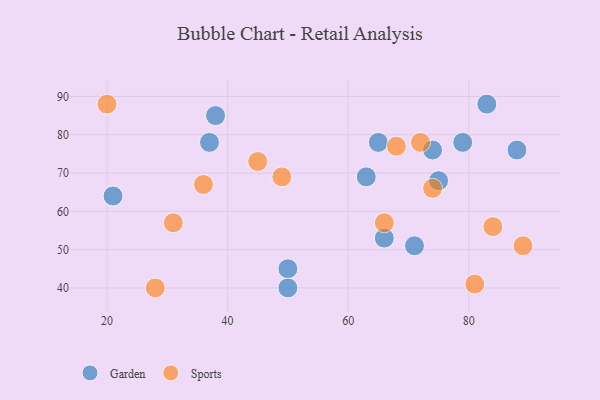
{"axis": {"x": "GDP", "y": "Life Expectancy"}, "legend": ["Garden", "Sports"], "data": [{"x": "71", "y": 51, "type": "Garden"}, {"x": "66", "y": 53, "type": "Garden"}, {"x": "50", "y": 45, "type": "Garden"}, {"x": "50", "y": 40, "type": "Garden"}, {"x": "21", "y": 64, "type": "Garden"}, {"x": "88", "y": 76, "type": "Garden"}, {"x": "74", "y": 76, "type": "Garden"}, {"x": "38", "y": 85, "type": "Garden"}, {"x": "65", "y": 78, "type": "Garden"}, {"x": "63", "y": 69, "type": "Garden"}, {"x": "79", "y": 78, "type": "Garden"}, {"x": "37", "y": 78, "type": "Garden"}, {"x": "75", "y": 68, "type": "Garden"}, {"x": "83", "y": 88, "type": "Garden"}, {"x": "72", "y": 78, "type": "Sports"}, {"x": "36", "y": 67, "type": "Sports"}, {"x": "49", "y": 69, "type": "Sports"}, {"x": "74", "y": 66, "type": "Sports"}, {"x": "81", "y": 41, "type": "Sports"}, {"x": "84", "y": 56, "type": "Sports"}, {"x": "68", "y": 77, "type": "Sports"}, {"x": "89", "y": 51, "type": "Sports"}, {"x": "66", "y": 57, "type": "Sports"}, {"x": "31", "y": 57, "type": "Sports"}, {"x": "20", "y": 88, "type": "Sports"}, {"x": "28", "y": 40, "type": "Sports"}, {"x": "45", "y": 73, "type": "Sports"}]}